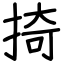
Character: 掎